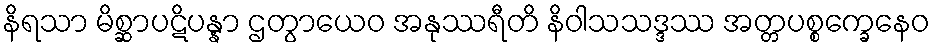
နိရသာ မိစ္ဆာပဋိပန္နာ ဌတွာယေဝ အနုဿရီတိ နိဝါသသဒ္ဒဿ အတ္တပစ္စက္ခေနေဝ